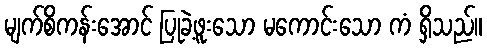
မျက်စိကန်းအောင် ပြုခဲ့ဖူးသော မကောင်းသော ကံ ရှိသည်။